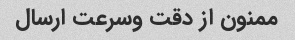
ممنون از دقت وسرعت ارسال